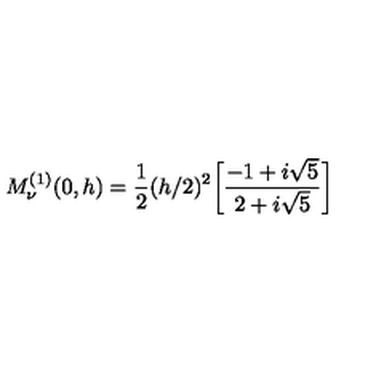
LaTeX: M _ { \nu } ^ { ( 1 ) } ( 0 , h ) = \frac { 1 } { 2 } ( h / 2 ) ^ { 2 } \bigg [ \frac { - 1 + i \sqrt { 5 } } { 2 + i \sqrt { 5 } } \bigg ]